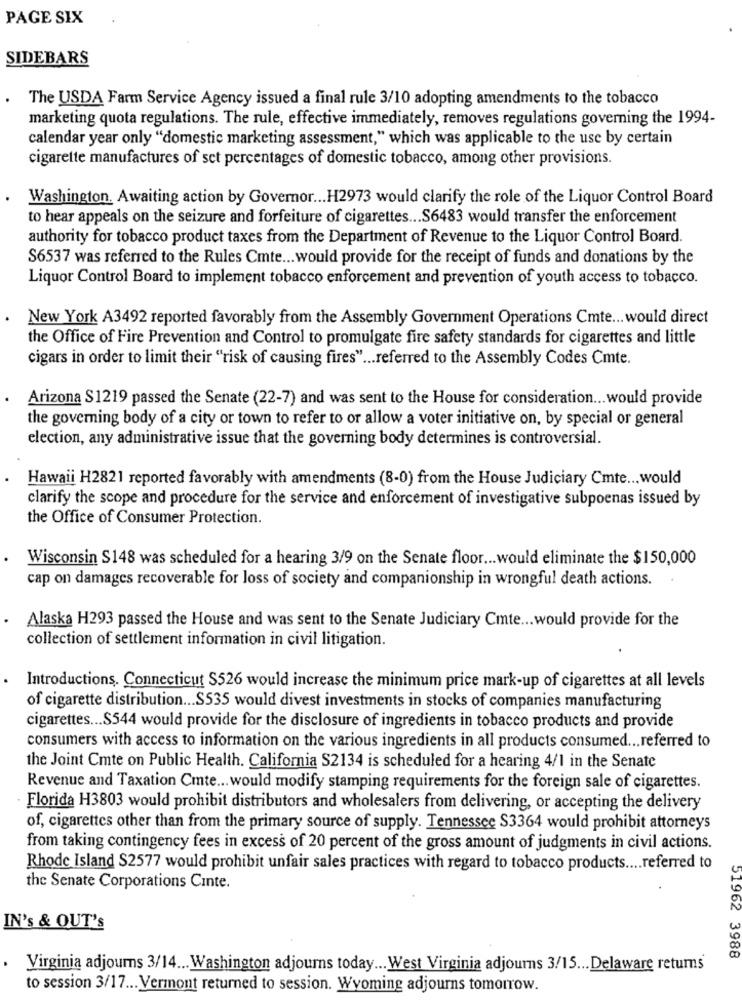
PAGE SIX
SIDEBARS
The USDA Farm Service Agency issued a final rule 3/10 adopting amendments to the tobacco
marketing quota regulations. The rule, effective immediately, removes regulations governing the 1994-
calendar year only "domestic marketing assessment," which was applicable to the use by certain
cigarette manufactures of set percentages of domestic tobacco, among other provisions.
Washington. Awaiting action by Governor ... H2973 would clarify the role of the Liquor Control Board
to hear appeals on the seizure and forfeiture of cigarettes ... S6483 would transfer the enforcement
authority for tobacco product taxes from the Department of Revenue to the Liquor Control Board.
S6537 was referred to the Rules Cmte ... would provide for the receipt of funds and donations by the
Liquor Control Board to implement tobacco enforcement and prevention of youth access to tobacco.
New York A3492 reported favorably from the Assembly Government Operations Cmte ... would direct
the Office of Fire Prevention and Control to promulgate fire safety standards for cigarettes and little
cigars in order to limit their "risk of causing fires" ... referred to the Assembly Codes Cmte.
Arizona S1219 passed the Senate (22-7) and was sent to the House for consideration ... would provide
the governing body of a city or town to refer to or allow a voter initiative on, by special or general
election, any administrative issue that the governing body determines is controversial.
Hawaii H2821 reported favorably with amendments (8-0) from the House Judiciary Cmte ... would
clarify the scope and procedure for the service and enforcement of investigative subpoenas issued by
the Office of Consumer Protection.
Wisconsin S148 was scheduled for a hearing 3/9 on the Senate floor ... would eliminate the $150,000
cap on damages recoverable for loss of society and companionship in wrongful death actions.
Alaska H293 passed the House and was sent to the Senate Judiciary Cmte ... would provide for the
collection of settlement information in civil litigation.
Introductions, Connecticut S526 would increase the minimum price mark-up of cigarettes at all levels
of cigarette distribution ... S535 would divest investments in stocks of companies manufacturing
cigarettes ... $544 would provide for the disclosure of ingredients in tobacco products and provide
consumers with access to information on the various ingredients in all products consumed ... referred to
the Joint Cmte on Public Health. California S2134 is scheduled for a hearing 4/1 in the Senate
Revenue and Taxation Cmte ... would modify stamping requirements for the foreign sale of cigarettes.
Florida H3803 would prohibit distributors and wholesalers from delivering, or accepting the delivery
of, cigarettes other than from the primary source of supply. Tennessee S3364 would prohibit attorneys
from taking contingency fees in excess of 20 percent of the gross amount of judgments in civil actions.
Rhode Island S2577 would prohibit unfair sales practices with regard to tobacco products .... referred to
the Senate Corporations Cinte.
IN's & OUT's
51962 3988
Virginia adjourns 3/14 ... Washington adjourns today ... West Virginia adjourns 3/15 ... Delaware returns
to session 3/17 ... Vermont returned to session. Wyoming adjourns tomorrow.